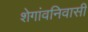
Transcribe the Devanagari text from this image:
शेगांवनिवासी